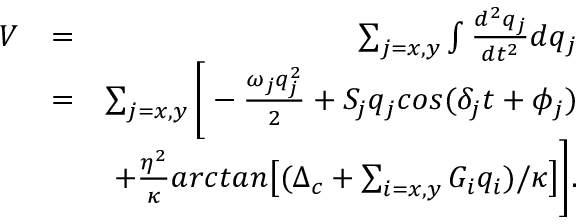
\begin{array} { r l r } { V } & { = } & { \sum _ { j = x , y } \int \frac { d ^ { 2 } q _ { j } } { d t ^ { 2 } } d q _ { j } } \\ & { = } & { \sum _ { j = x , y } \bigg [ - \frac { \omega _ { j } q _ { j } ^ { 2 } } { 2 } + S _ { j } q _ { j } c o s ( \delta _ { j } t + \phi _ { j } ) } \\ & { } & { + \frac { \eta ^ { 2 } } { \kappa } a r c t a n \big [ ( \Delta _ { c } + \sum _ { i = x , y } G _ { i } q _ { i } ) / \kappa \big ] \bigg ] . } \end{array}